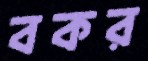
বকর